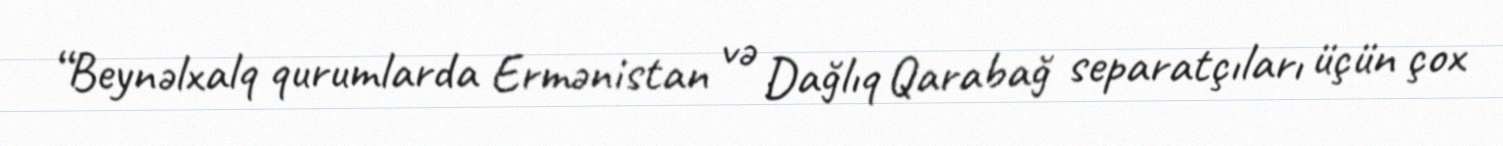
“Beynəlxalq qurumlarda Ermənistan və Dağlıq Qarabağ separatçıları üçün çox